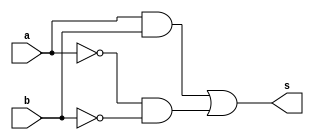
// -------------------------
// Exemplo0012 - xnor
// Nome: TIAGO MATTA MACHADO ZAIDAN
// -------------------------
// -------------------------
// -- xnor gate
// -------------------------
module xnorgate ( output s,
input a, b);
assign s = (a & b) | (~a & ~b);
endmodule // xorgate
// ---------------------
// -- test xor gate
// ---------------------
module testxnorgate;
// ------------------------- dados locais
reg a, b; // definir registradores
wire s; // definir conexao (fio)
// ------------------------- instancia
xnorgate XNOR1 (s, a, b);
// ------------------------- preparacao
initial begin:start
// atribuicao simultanea
// dos valores iniciais
a=0; b=0;
end
// ------------------------- parte principal
initial begin
$display("Exemplo0012 - TIAGO MATTA MACHADO ZAIDAN - 451620");
$display("Test XNOR");
$display("\n a.b + a.b = s\n");
a=0; b=0;
//execuo permanente
$monitor(" %b . %b + %b . %b = %b", a, b, a, b, s);
#1 a=0; b=1;
#1 a=1; b=0;
#1 a=1; b=1;
end
endmodule // testxnorgate